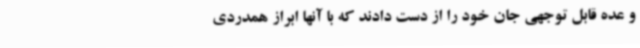
و عده‌ قابل توجهی جان خود را از دست دادند که با آنها ابراز همدردی